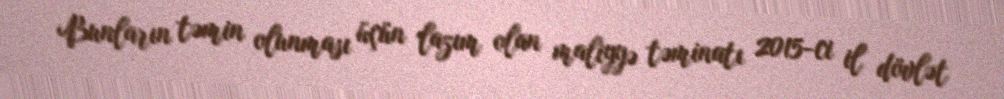
Bunların təmin olunması üçün lazım olan maliyyə təminatı 2015-ci il dövlət